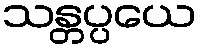
သန္တပ္ပယေ